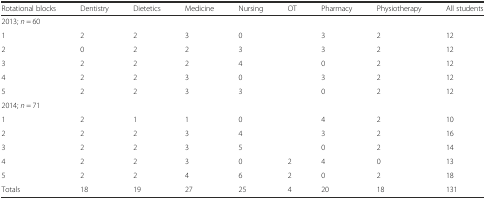
| Rotational blocks | Dentistry | Dietetics | Medicine | Nursing | OT | Pharmacy | Physiotherapy | All students |
 | --- | --- | --- | --- | --- | --- | --- | --- | --- |
 | <COLSPAN=9> 2013; n = 60 |
 | 1 | 2 | 2 | 3 | 0 |  | 3 | 2 | 12 |
 | 2 | 0 | 2 | 2 | 3 |  | 3 | 2 | 12 |
 | 3 | 2 | 2 | 2 | 4 |  | 0 | 2 | 12 |
 | 4 | 2 | 2 | 3 | 0 |  | 3 | 2 | 12 |
 | 5 | 2 | 2 | 3 | 3 |  | 0 | 2 | 12 |
 | <COLSPAN=9> 2014; n = 71 |
 | 1 | 2 | 1 | 1 | 0 |  | 4 | 2 | 10 |
 | 2 | 2 | 2 | 3 | 4 |  | 3 | 2 | 16 |
 | 3 | 2 | 2 | 3 | 5 |  | 0 | 2 | 14 |
 | 4 | 2 | 2 | 3 | 0 | 2 | 4 | 0 | 13 |
 | 5 | 2 | 2 | 4 | 6 | 2 | 0 | 2 | 18 |
 | Totals | 18 | 19 | 27 | 25 | 4 | 20 | 18 | 131 |